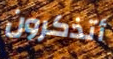
أتذكرون